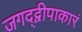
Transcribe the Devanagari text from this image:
जगद्द्वीपाकारं